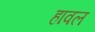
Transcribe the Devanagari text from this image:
हावल